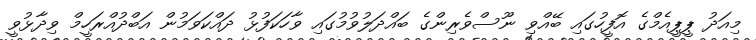
މިއަދު ޕީޕީއެމްގެ އޮފީހުގައި ބޭއްވި ނޫސްވެރިންގެ ބައްދަލުވުމުގައި ވާހަކަފުޅު ދައްކަވަމުން އަބްދުއްރަހީމް ވިދާޅުވީ